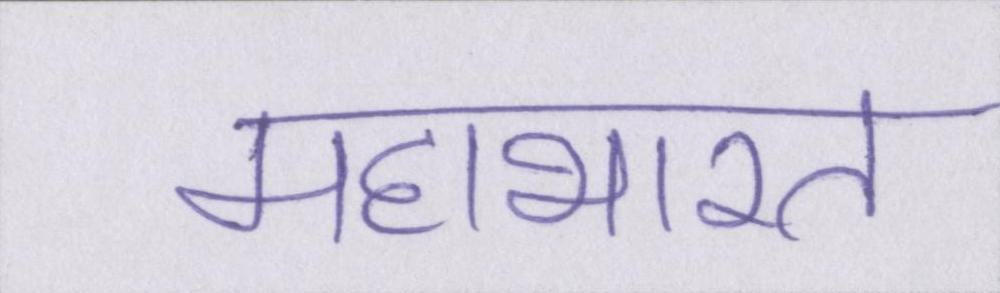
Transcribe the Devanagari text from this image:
महाभारत